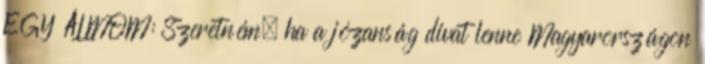
EGY ÁLMOM: Szeretném, ha a józanság divat lenne Magyarországon